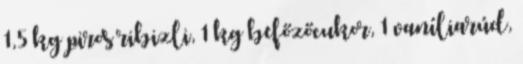
1,5 kg piros ribizli, 1 kg befőzőcukor, 1 vaníliarúd,